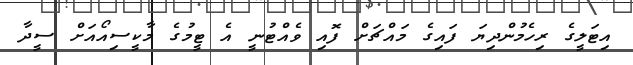
އިޓަލީގެ ރިހެމުންދިޔަ ފައިގެ މައްޗަށް ފޮއި ވެއްޓުނީ އެ ޓީމުގެ މާކީސިއޯއަށް ސީދާ